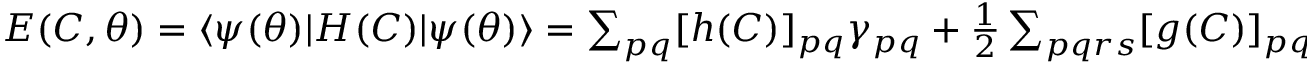
\begin{array} { r } { E ( C , { \boldsymbol { \theta } } ) = \ensuremath { \langle { \psi ( { \boldsymbol { \theta } } ) } \rvert } H ( C ) \ensuremath { \lvert { \psi ( { \boldsymbol { \theta } } ) } \rangle } = \sum _ { p q } [ h ( C ) ] _ { p q } \gamma _ { p q } + \frac { 1 } { 2 } \sum _ { p q r s } [ g ( C ) ] _ { p q r s } \Gamma _ { p q r s } } \end{array}